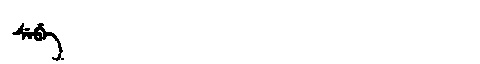
Manchu: ᠰᡝᠪᡝ
Romanization: SEBE